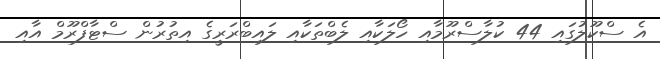
އެ ސްކޫލުގައި 44 ކުލާސްރޫމާއި ހޯލަކާއި ލެބްތަކާއި ލައިބްރަރީގެ އިތުރުން ސްޓާފްރޫމް އާއި